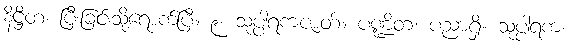
နိဋ္ဌိတံ၊ ပြီးခြင်းသို့ရောက်ပြီ။ ၉။ သုပ္ပါရကဇာတ်။ ပဏ္ဍိတ၊ ပညာရှိ။ သုပ္ပါရက၊